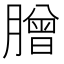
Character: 𦠇